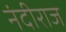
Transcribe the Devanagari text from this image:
नंदीराज